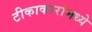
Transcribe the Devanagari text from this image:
टीकाकारांमध्ये